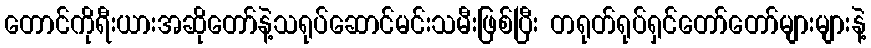
တောင်ကိုရီးယားအဆိုတော်နဲ့သရုပ်ဆောင်မင်းသမီးဖြစ်ပြီး တရုတ်ရုပ်ရှင်တော်တော်များများနဲ့